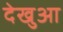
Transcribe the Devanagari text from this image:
देखुआ